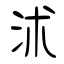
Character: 沭